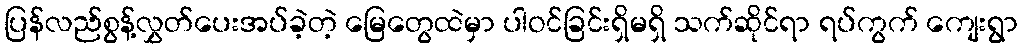
ပြန်လည်စွန့်လွှတ်ပေးအပ်ခဲ့တဲ့ မြေတွေထဲမှာ ပါဝင်ခြင်းရှိမရှိ သက်ဆိုင်ရာ ရပ်ကွက် ကျေးရွာ